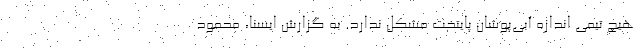
هیچ تیمی اندازه آبی‌پوشان پایتخت مشکل ندارد. به گزارش ایسنا، محمود